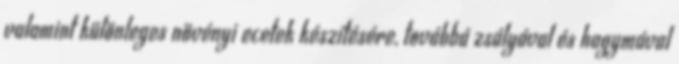
valamint különleges növényi ecetek készítésére, továbbá zsályával és hagymával